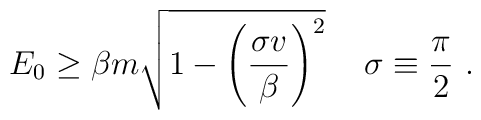
E_0\ge\beta m\sqrt{1-\left(\frac{\sigma v}{\beta}\right)^{2}}\,\quad\sigma\equiv\frac{\pi}{2}\ .